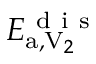
E _ { \mathrm { a } , \mathrm { V } _ { 2 } } ^ { \mathrm { ~ d ~ i ~ s ~ } }